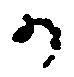
の